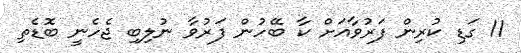
11 ގަޑި ކުރިން ފަރުވާއަށް ކާ ބޭހުން ފަރުވާ ނުލިބި ޖެހެނީ ބޮޑެތި